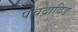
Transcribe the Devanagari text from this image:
पंचद्राविड